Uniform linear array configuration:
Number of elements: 24
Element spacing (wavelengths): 1
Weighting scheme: blackman
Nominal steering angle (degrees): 45
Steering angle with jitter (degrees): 46.423
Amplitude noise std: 0.05
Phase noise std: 0.05

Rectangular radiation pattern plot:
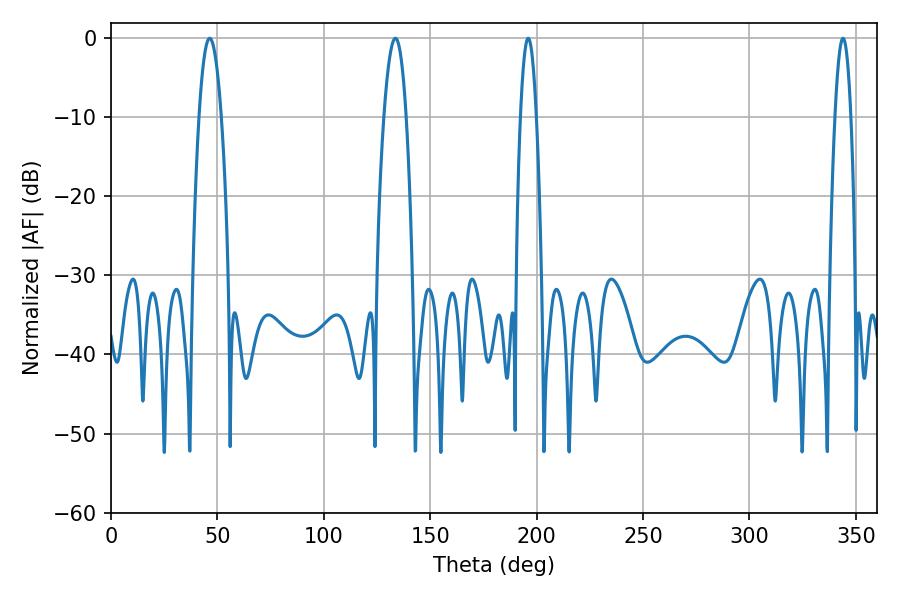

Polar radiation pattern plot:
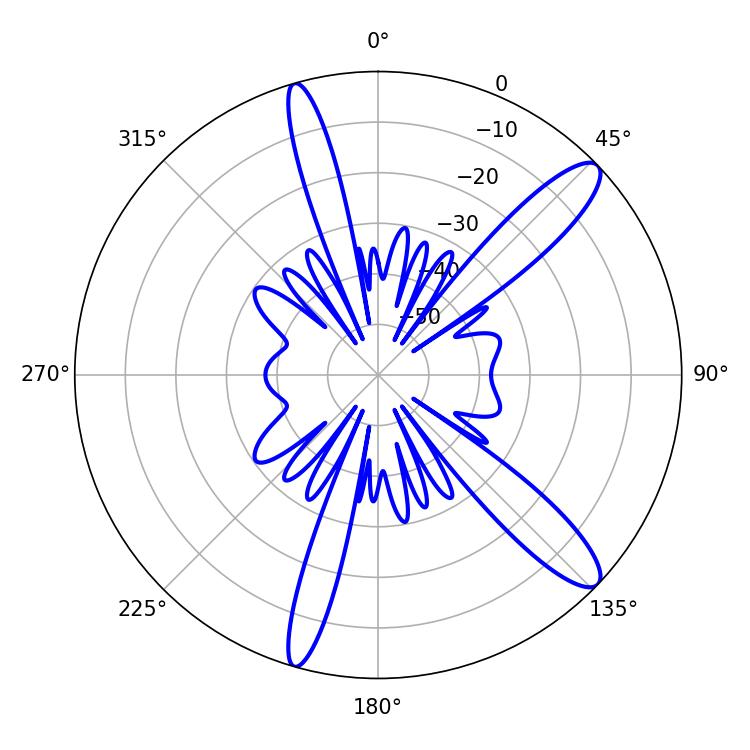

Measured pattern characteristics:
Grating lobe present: TRUE
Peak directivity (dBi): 12.437
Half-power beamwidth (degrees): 3.96
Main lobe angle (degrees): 196.02